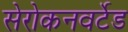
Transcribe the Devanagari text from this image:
सेरोकनवर्टेड